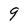
Character: 9